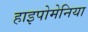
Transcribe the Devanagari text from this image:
हाइपोमेनिया